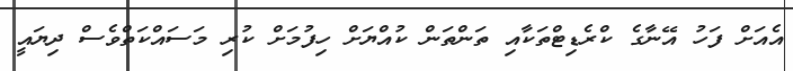
އެއަށް ފަހު އޭނާގެ ކްރެޑިޓްތަކާއި ތަންތަން ކުއްޔަށް ހިފުމަށް ކުރި މަސައްކަތްވެސް ދިޔައީ